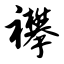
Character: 襻